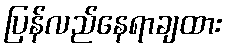
ပြန်လည်နေရာချထား